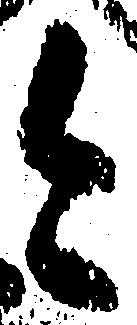
今